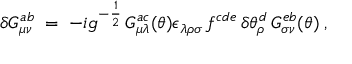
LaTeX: \delta G _ { \mu \nu } ^ { a b } \; = \; - i g ^ { - \frac { 1 } { 2 } } \, G _ { \mu \lambda } ^ { a c } ( \theta ) \epsilon _ { \lambda \rho \sigma } \, f ^ { c d e } \, \delta \theta _ { \rho } ^ { d } \, G _ { \sigma \nu } ^ { e b } ( \theta ) \; ,